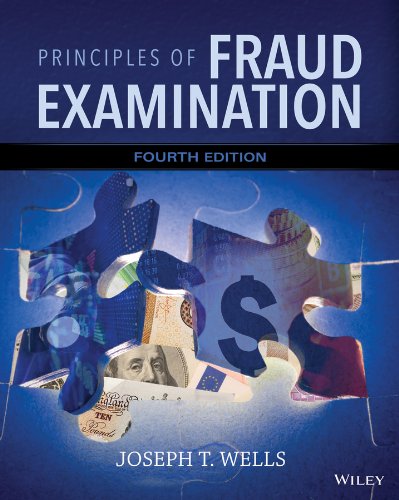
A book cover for Principles of Fraud Examination; Joseph T. Wells; Business & Money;